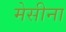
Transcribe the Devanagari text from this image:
मेसीना